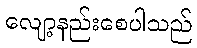
လျော့နည်းစေပါသည်